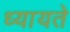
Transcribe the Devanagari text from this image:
ध्यायते